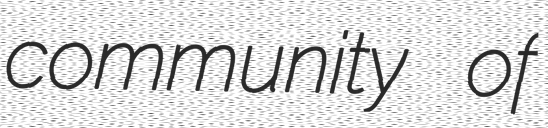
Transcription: community of